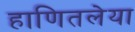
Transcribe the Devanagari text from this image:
हाणितलेया